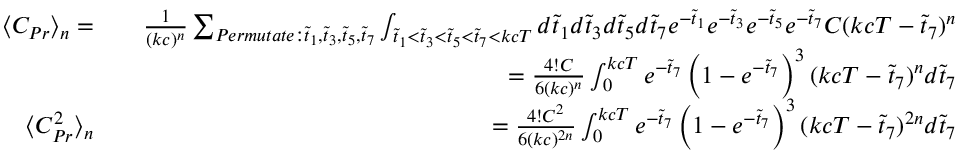
\begin{array} { r l r } { \langle C _ { P r } \rangle _ { n } = } & { } & { \frac { 1 } { ( k c ) ^ { n } } \sum _ { P e r m u t a t e : \tilde { t } _ { 1 } , \tilde { t } _ { 3 } , \tilde { t } _ { 5 } , \tilde { t } _ { 7 } } \int _ { \tilde { t } _ { 1 } < \tilde { t } _ { 3 } < \tilde { t } _ { 5 } < \tilde { t } _ { 7 } < k c T } d \tilde { t } _ { 1 } d \tilde { t } _ { 3 } d \tilde { t } _ { 5 } d \tilde { t } _ { 7 } e ^ { - \tilde { t } _ { 1 } } e ^ { - \tilde { t } _ { 3 } } e ^ { - \tilde { t } _ { 5 } } e ^ { - \tilde { t } _ { 7 } } C ( k c T - \tilde { t } _ { 7 } ) ^ { n } } \\ & { } & { = \frac { 4 ! C } { 6 ( k c ) ^ { n } } \int _ { 0 } ^ { k c T } e ^ { - \tilde { t } _ { 7 } } \left( 1 - e ^ { - \tilde { t } _ { 7 } } \right) ^ { 3 } ( k c T - \tilde { t } _ { 7 } ) ^ { n } d \tilde { t } _ { 7 } } \\ { \langle C _ { P r } ^ { 2 } \rangle _ { n } } & { } & { = \frac { 4 ! C ^ { 2 } } { 6 ( k c ) ^ { 2 n } } \int _ { 0 } ^ { k c T } e ^ { - \tilde { t } _ { 7 } } \left( 1 - e ^ { - \tilde { t } _ { 7 } } \right) ^ { 3 } ( k c T - \tilde { t } _ { 7 } ) ^ { 2 n } d \tilde { t } _ { 7 } } \end{array}